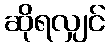
ဆိုရလျှင်